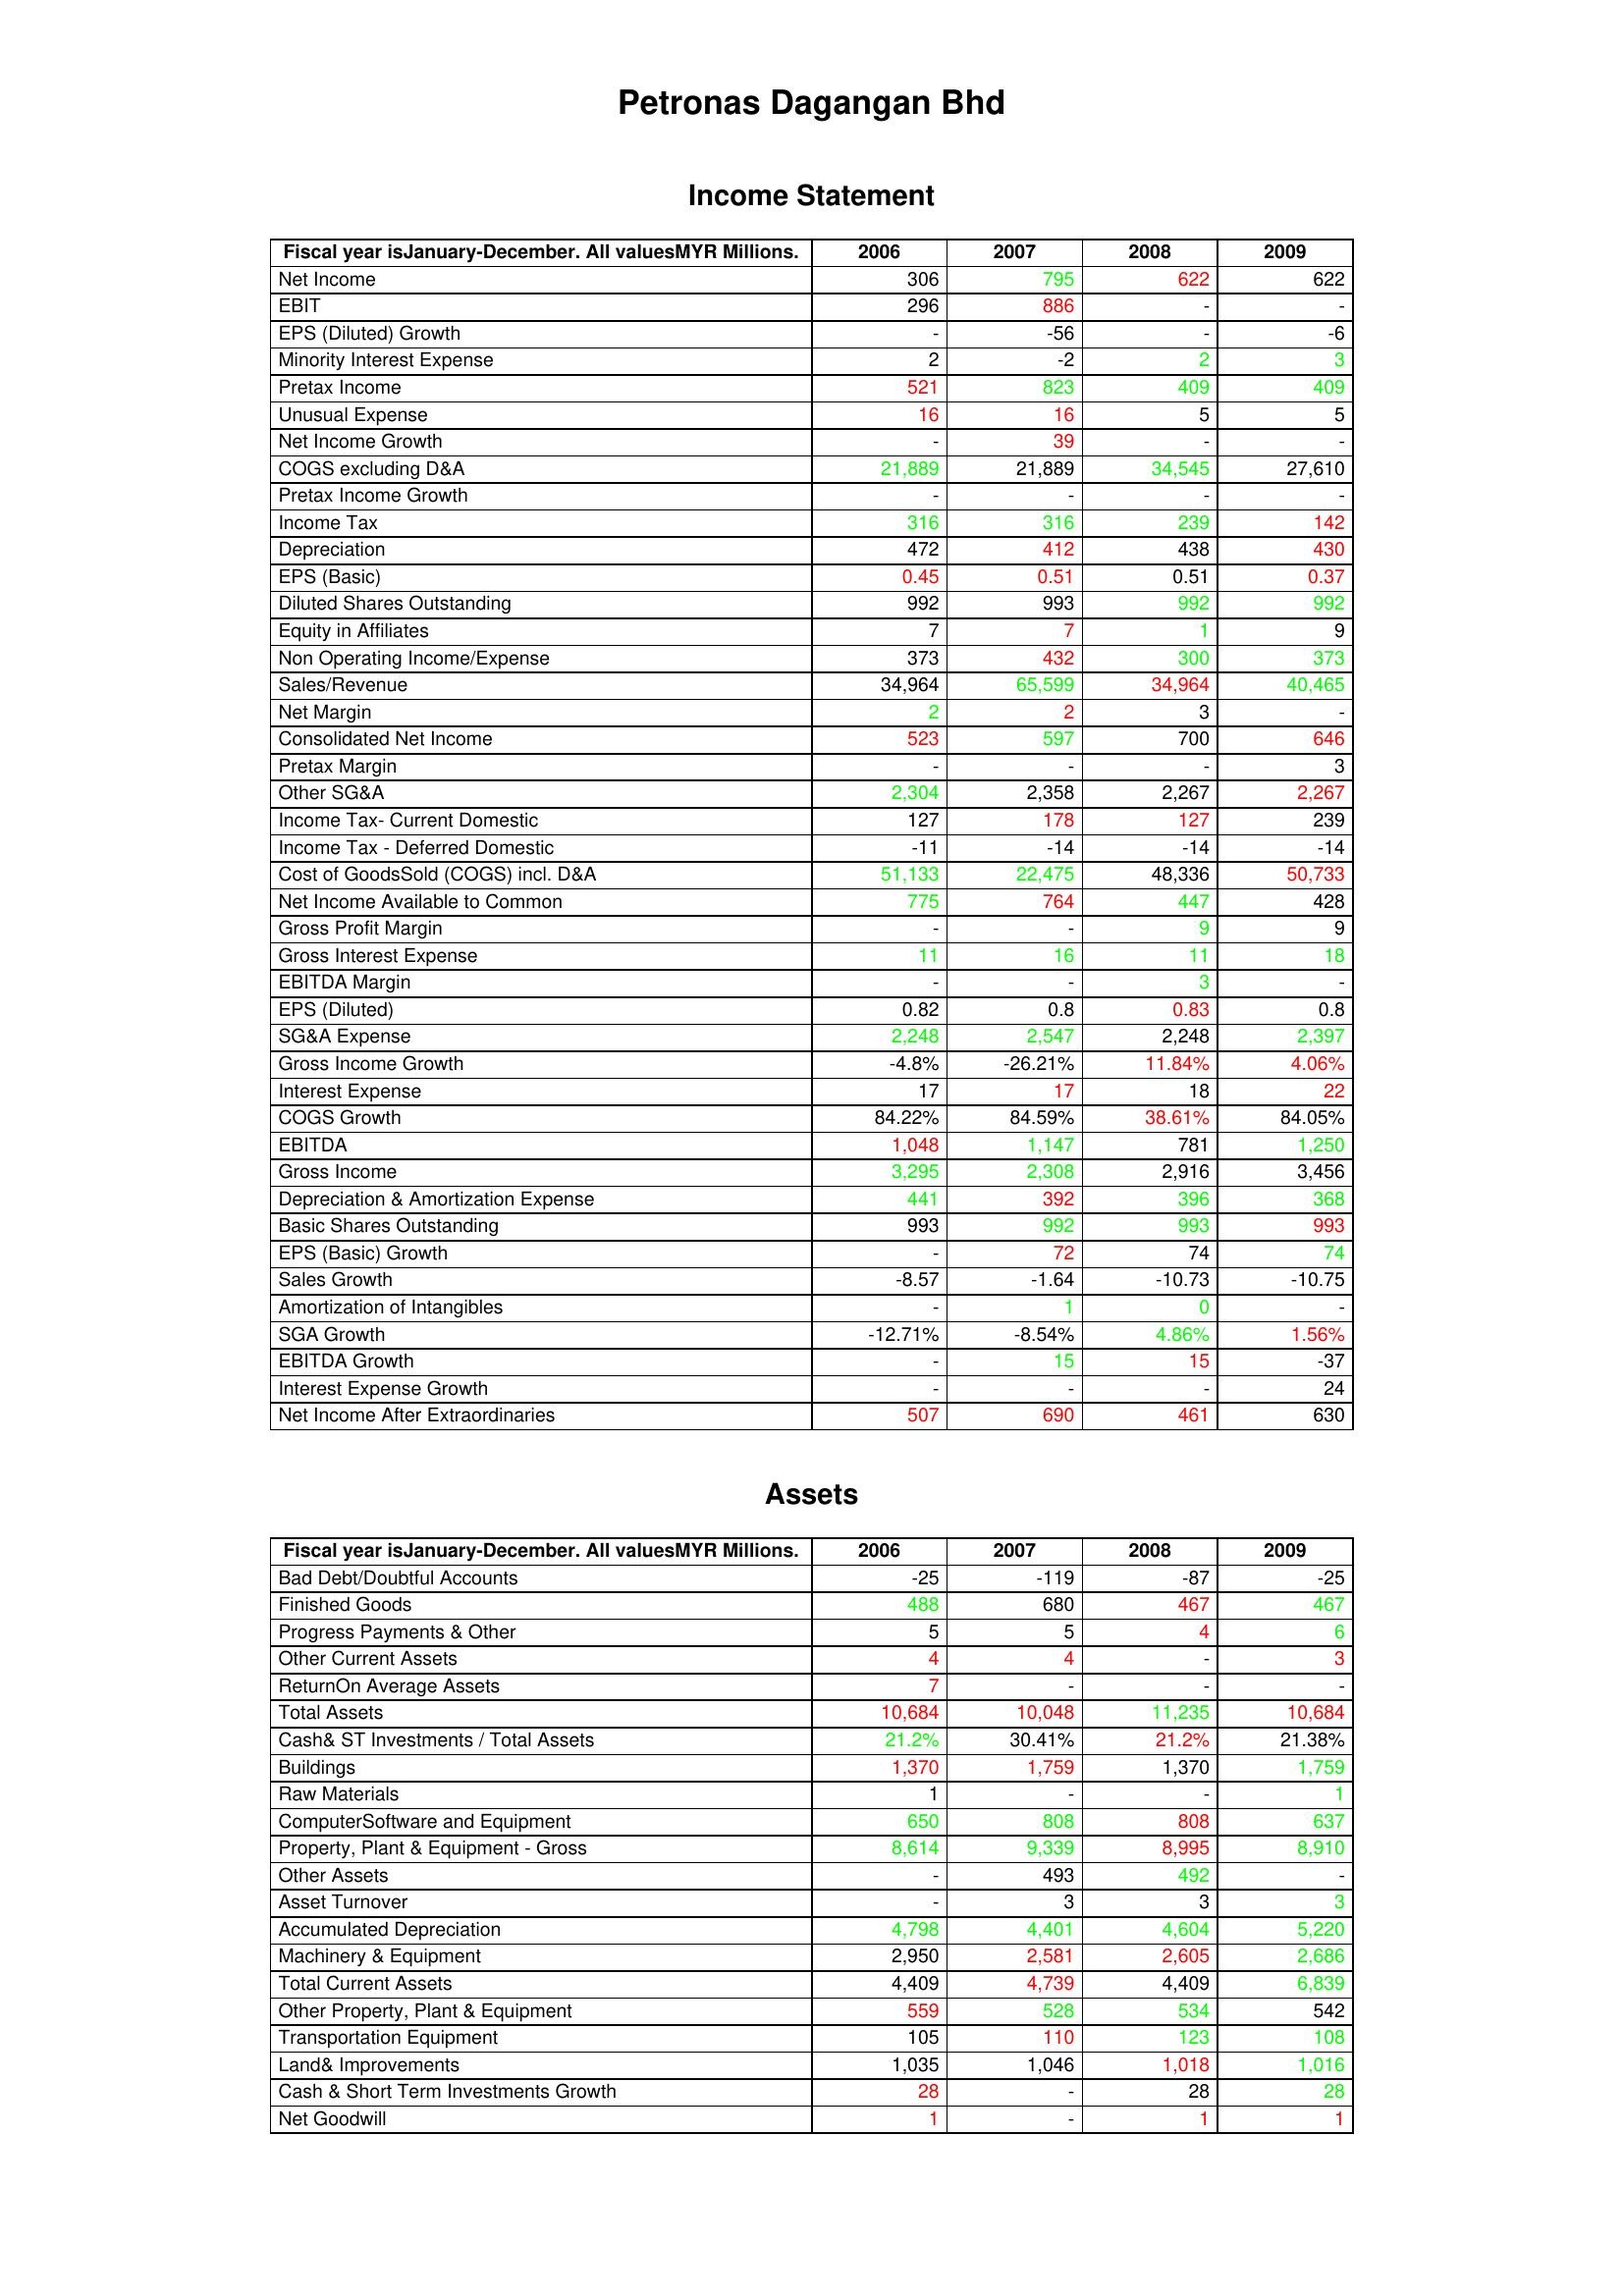
gt_parse: 2006: Income Statement: Net Income: 306
EBIT: 296
EPS (Diluted) Growth: -
Minority Interest Expense: 2
Pretax Income: 521
Unusual Expense: 16
Net Income Growth: -
COGS excluding D&A: 21,889
Pretax Income Growth: -
Income Tax: 316
Depreciation: 472
EPS (Basic): 0.45
Diluted Shares Outstanding: 992
Equity in Affiliates: 7
Non Operating Income/Expense: 373
Sales/Revenue: 34,964
Net Margin: 2
Consolidated Net Income: 523
Pretax Margin: -
Other SG&A: 2,304
Income Tax- Current Domestic: 127
Income Tax - Deferred Domestic: -11
Cost of GoodsSold (COGS) incl. D&A: 51,133
Net Income Available to Common: 775
Gross Profit Margin: -
Gross Interest Expense: 11
EBITDA Margin: -
EPS (Diluted): 0.82
SG&A Expense: 2,248
Gross Income Growth: -4.8%
Interest Expense: 17
COGS Growth: 84.22%
EBITDA: 1,048
Gross Income: 3,295
Depreciation & Amortization Expense: 441
Basic Shares Outstanding: 993
EPS (Basic) Growth: -
Sales Growth: -8.57
Amortization of Intangibles: -
SGA Growth: -12.71%
EBITDA Growth: -
Interest Expense Growth: -
Net Income After Extraordinaries: 507
Assets: Bad Debt/Doubtful Accounts: -25
Finished Goods: 488
Progress Payments & Other: 5
Other Current Assets: 4
ReturnOn Average Assets: 7
Total Assets: 10,684
Cash& ST Investments / Total Assets: 21.2%
Buildings: 1,370
Raw Materials: 1
ComputerSoftware and Equipment: 650
Property, Plant & Equipment - Gross : 8,614
Other Assets: -
Asset Turnover: -
Accumulated Depreciation: 4,798
Machinery & Equipment: 2,950
Total Current Assets: 4,409
Other Property, Plant & Equipment: 559
Transportation Equipment: 105
Land& Improvements: 1,035
Cash & Short Term Investments Growth: 28
Net Goodwill: 1
2007: Income Statement: Net Income: 795
EBIT: 886
EPS (Diluted) Growth: -56
Minority Interest Expense: -2
Pretax Income: 823
Unusual Expense: 16
Net Income Growth: 39
COGS excluding D&A: 21,889
Pretax Income Growth: -
Income Tax: 316
Depreciation: 412
EPS (Basic): 0.51
Diluted Shares Outstanding: 993
Equity in Affiliates: 7
Non Operating Income/Expense: 432
Sales/Revenue: 65,599
Net Margin: 2
Consolidated Net Income: 597
Pretax Margin: -
Other SG&A: 2,358
Income Tax- Current Domestic: 178
Income Tax - Deferred Domestic: -14
Cost of GoodsSold (COGS) incl. D&A: 22,475
Net Income Available to Common: 764
Gross Profit Margin: -
Gross Interest Expense: 16
EBITDA Margin: -
EPS (Diluted): 0.8
SG&A Expense: 2,547
Gross Income Growth: -26.21%
Interest Expense: 17
COGS Growth: 84.59%
EBITDA: 1,147
Gross Income: 2,308
Depreciation & Amortization Expense: 392
Basic Shares Outstanding: 992
EPS (Basic) Growth: 72
Sales Growth: -1.64
Amortization of Intangibles: 1
SGA Growth: -8.54%
EBITDA Growth: 15
Interest Expense Growth: -
Net Income After Extraordinaries: 690
Assets: Bad Debt/Doubtful Accounts: -119
Finished Goods: 680
Progress Payments & Other: 5
Other Current Assets: 4
ReturnOn Average Assets: -
Total Assets: 10,048
Cash& ST Investments / Total Assets: 30.41%
Buildings: 1,759
Raw Materials: -
ComputerSoftware and Equipment: 808
Property, Plant & Equipment - Gross : 9,339
Other Assets: 493
Asset Turnover: 3
Accumulated Depreciation: 4,401
Machinery & Equipment: 2,581
Total Current Assets: 4,739
Other Property, Plant & Equipment: 528
Transportation Equipment: 110
Land& Improvements: 1,046
Cash & Short Term Investments Growth: -
Net Goodwill: -
2008: Income Statement: Net Income: 622
EBIT: -
EPS (Diluted) Growth: -
Minority Interest Expense: 2
Pretax Income: 409
Unusual Expense: 5
Net Income Growth: -
COGS excluding D&A: 34,545
Pretax Income Growth: -
Income Tax: 239
Depreciation: 438
EPS (Basic): 0.51
Diluted Shares Outstanding: 992
Equity in Affiliates: 1
Non Operating Income/Expense: 300
Sales/Revenue: 34,964
Net Margin: 3
Consolidated Net Income: 700
Pretax Margin: -
Other SG&A: 2,267
Income Tax- Current Domestic: 127
Income Tax - Deferred Domestic: -14
Cost of GoodsSold (COGS) incl. D&A: 48,336
Net Income Available to Common: 447
Gross Profit Margin: 9
Gross Interest Expense: 11
EBITDA Margin: 3
EPS (Diluted): 0.83
SG&A Expense: 2,248
Gross Income Growth: 11.84%
Interest Expense: 18
COGS Growth: 38.61%
EBITDA: 781
Gross Income: 2,916
Depreciation & Amortization Expense: 396
Basic Shares Outstanding: 993
EPS (Basic) Growth: 74
Sales Growth: -10.73
Amortization of Intangibles: 0
SGA Growth: 4.86%
EBITDA Growth: 15
Interest Expense Growth: -
Net Income After Extraordinaries: 461
Assets: Bad Debt/Doubtful Accounts: -87
Finished Goods: 467
Progress Payments & Other: 4
Other Current Assets: -
ReturnOn Average Assets: -
Total Assets: 11,235
Cash& ST Investments / Total Assets: 21.2%
Buildings: 1,370
Raw Materials: -
ComputerSoftware and Equipment: 808
Property, Plant & Equipment - Gross : 8,995
Other Assets: 492
Asset Turnover: 3
Accumulated Depreciation: 4,604
Machinery & Equipment: 2,605
Total Current Assets: 4,409
Other Property, Plant & Equipment: 534
Transportation Equipment: 123
Land& Improvements: 1,018
Cash & Short Term Investments Growth: 28
Net Goodwill: 1
2009: Income Statement: Net Income: 622
EBIT: -
EPS (Diluted) Growth: -6
Minority Interest Expense: 3
Pretax Income: 409
Unusual Expense: 5
Net Income Growth: -
COGS excluding D&A: 27,610
Pretax Income Growth: -
Income Tax: 142
Depreciation: 430
EPS (Basic): 0.37
Diluted Shares Outstanding: 992
Equity in Affiliates: 9
Non Operating Income/Expense: 373
Sales/Revenue: 40,465
Net Margin: -
Consolidated Net Income: 646
Pretax Margin: 3
Other SG&A: 2,267
Income Tax- Current Domestic: 239
Income Tax - Deferred Domestic: -14
Cost of GoodsSold (COGS) incl. D&A: 50,733
Net Income Available to Common: 428
Gross Profit Margin: 9
Gross Interest Expense: 18
EBITDA Margin: -
EPS (Diluted): 0.8
SG&A Expense: 2,397
Gross Income Growth: 4.06%
Interest Expense: 22
COGS Growth: 84.05%
EBITDA: 1,250
Gross Income: 3,456
Depreciation & Amortization Expense: 368
Basic Shares Outstanding: 993
EPS (Basic) Growth: 74
Sales Growth: -10.75
Amortization of Intangibles: -
SGA Growth: 1.56%
EBITDA Growth: -37
Interest Expense Growth: 24
Net Income After Extraordinaries: 630
Assets: Bad Debt/Doubtful Accounts: -25
Finished Goods: 467
Progress Payments & Other: 6
Other Current Assets: 3
ReturnOn Average Assets: -
Total Assets: 10,684
Cash& ST Investments / Total Assets: 21.38%
Buildings: 1,759
Raw Materials: 1
ComputerSoftware and Equipment: 637
Property, Plant & Equipment - Gross : 8,910
Other Assets: -
Asset Turnover: 3
Accumulated Depreciation: 5,220
Machinery & Equipment: 2,686
Total Current Assets: 6,839
Other Property, Plant & Equipment: 542
Transportation Equipment: 108
Land& Improvements: 1,016
Cash & Short Term Investments Growth: 28
Net Goodwill: 1